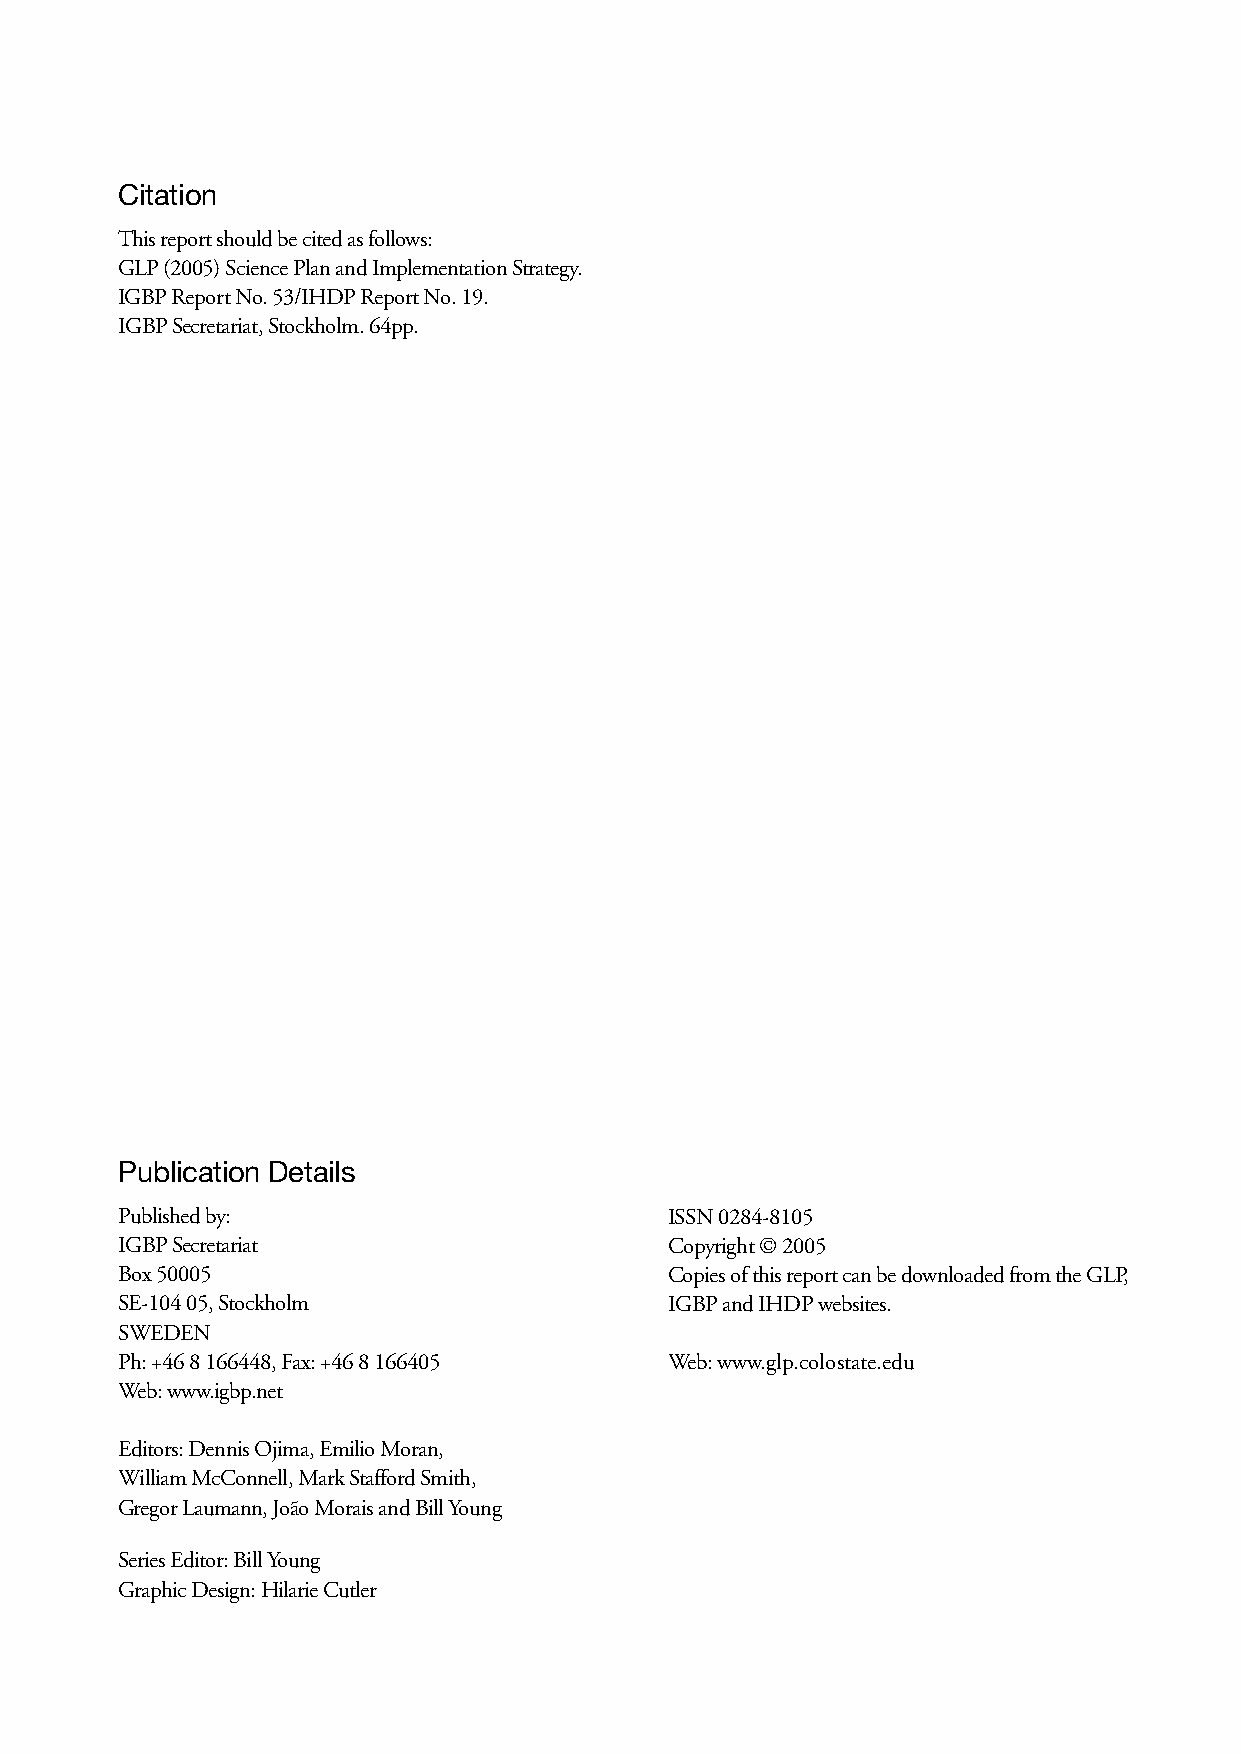
Citation
 This report should be cited as follows:
 GLP (2005) Science Plan and Implementation Strategy.
 IGBP Report No. 53/IHDP Report No. 19.
 IGBP Secretariat, Stockholm. 64pp.
 Publication Details
 Published by:                       ISSN 0284-8105
 IGBP Secretariat                    Copyright © 2005
 Box 50005                           Copies of this report can be downloaded from the GLP,
 SE-104 05, Stockholm                IGBP and IHDP websites.
 SWEDEN
 Ph: +46 8 166448, Fax: +46 8 166405 Web: www.glp.colostate.edu
 Web: www.igbp.net
 Editors: Dennis Ojima, Emilio Moran,
 William McConnell, Mark Stafford Smith,
 Gregor Laumann, João Morais and Bill Young
 Series Editor: Bill Young
 Graphic Design: Hilarie Cutler